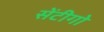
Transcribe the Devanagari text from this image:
सेंटीगो